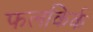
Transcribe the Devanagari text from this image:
फलकिर्क